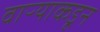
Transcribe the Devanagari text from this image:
वाऱ्याकडून